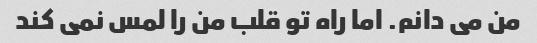
من می دانم. اما راه تو قلب من را لمس نمی کند